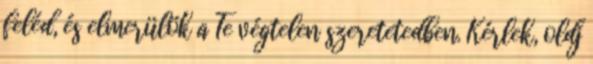
feléd, és elmerülök a Te végtelen szeretetedben. Kérlek, oldj